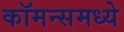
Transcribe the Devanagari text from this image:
कॉमन्समध्ये